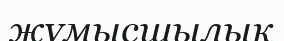
жұмысшылық